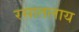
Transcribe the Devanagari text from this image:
रसातलाय